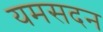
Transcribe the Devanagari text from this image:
यमसदन